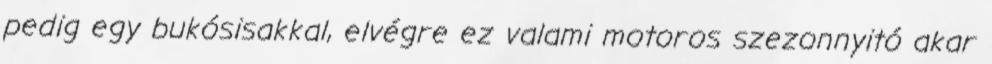
pedig egy bukósisakkal, elvégre ez valami motoros szezonnyitó akar